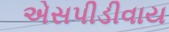
એસપીડીવાય